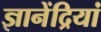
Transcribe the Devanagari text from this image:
ज्ञानेंद्रियां